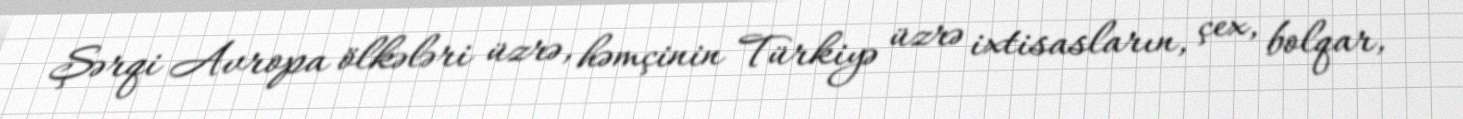
Şərqi Avropa ölkələri üzrə, həmçinin Türkiyə üzrə ixtisasların, çex, bolqar,